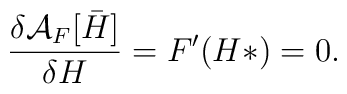
\frac{\delta {\cal A}_F [{{\bar H}}]}{\delta H} = F^{\prime}(H*) =0.